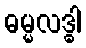
ဓမ္မလဒ္ဓါ